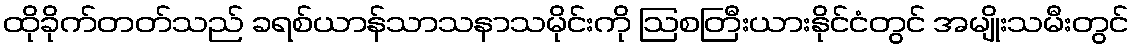
ထိုခိုက်တတ်သည် ခရစ်ယာန်သာသနာသမိုင်းကို ဩစတြီးယားနိုင်ငံတွင် အမျိုးသမီးတွင်